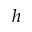
h